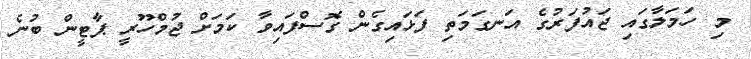
މި ހަމަލާގައި ޖައުފަރުގެ އަނގަމަތި ފަޅައިގެން ގޮސްފައިވާ ކަމަށް ޖުމްހޫރީ ޕާޓީން ބުނެ